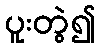
ပူးတွဲ၍